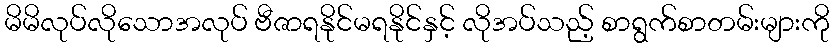
မိမိလုပ်လိုသောအလုပ် ဗီဇာရနိုင်မရနိုင်နှင့် လိုအပ်သည့် စာရွက်စာတမ်းများကို